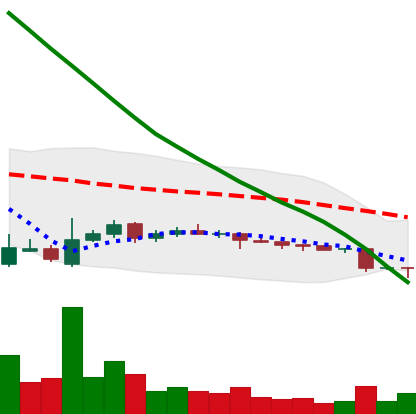
Ticker: ADA-USD
Chart end date: 2018-10-31
Forward return: 9.243%
Label: up_7plus